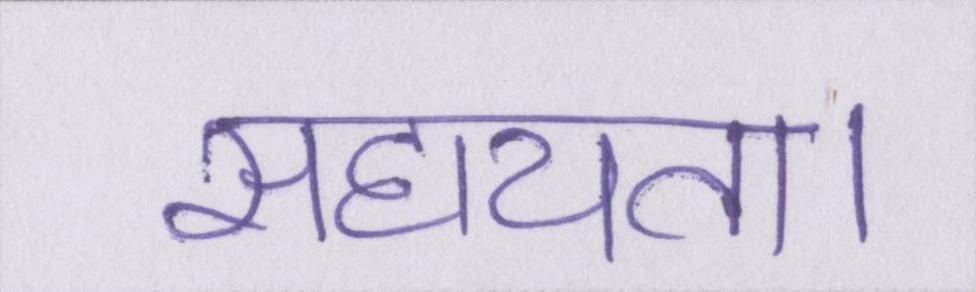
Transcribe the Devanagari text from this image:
सहायता।